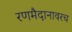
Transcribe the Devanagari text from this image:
रणमैदानावरच